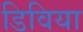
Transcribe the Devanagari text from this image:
डिविया